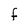
Character: f